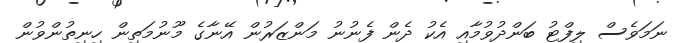
ނަމަވެސް ލިފްޓު ބަންދުވުމާއި އެކު ދެން ފެނުނު މަންޒަރުން އޭނާގެ މޫނުމަތިން ހިނިތުންވުން